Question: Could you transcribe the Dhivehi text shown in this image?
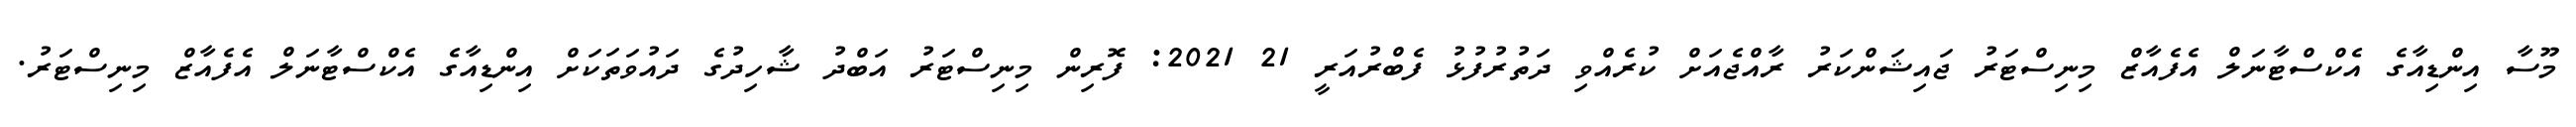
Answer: މޫސާ އިންޑިއާގެ އެކްސްޓާނަލް އެފެއާޒް މިނިސްޓަރު ޖައިޝަންކަރު ރާއްޖެއަށް ކުރެއްވި ދަތުރުފުޅު ފެބްރުއަރީ 21 2021: ފޮރިން މިނިސްޓަރު އަބްދު ޝާހިދުގެ ދައުވަތަކަށް އިންޑިއާގެ އެކްސްޓާނަލް އެފެއާޒް މިނިސްޓަރު.